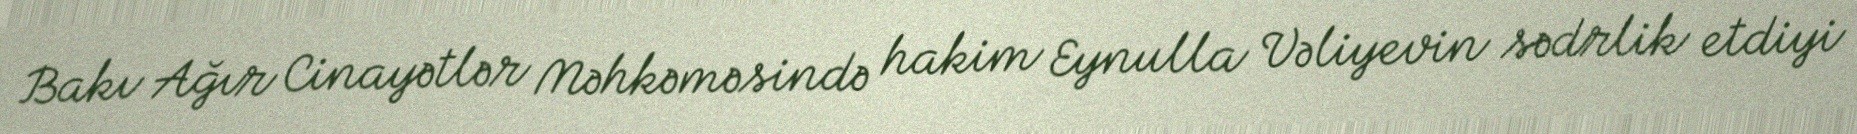
Bakı Ağır Cinayətlər Məhkəməsində hakim Eynulla Vəliyevin sədrlik etdiyi